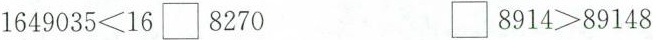
$$1 6 4 9 0 3 5 < 1 6 \Box 8 2 7 0$$ $$\Box 8 9 1 4 > 8 9 1 4 8$$